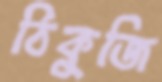
ঠিকুজি